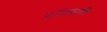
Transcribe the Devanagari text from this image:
प्रधिकारी